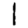
Digit: 1